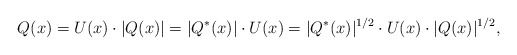
\begin{align*} Q(x) = U(x) \cdot |Q(x)| = |Q^*(x)| \cdot U(x) = |Q^*(x)|^{1/2} \cdot U(x) \cdot |Q(x)|^{1/2},\end{align*}